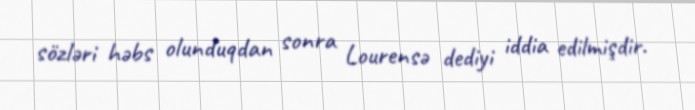
sözləri həbs olunduqdan sonra Lourensə dediyi iddia edilmişdir.